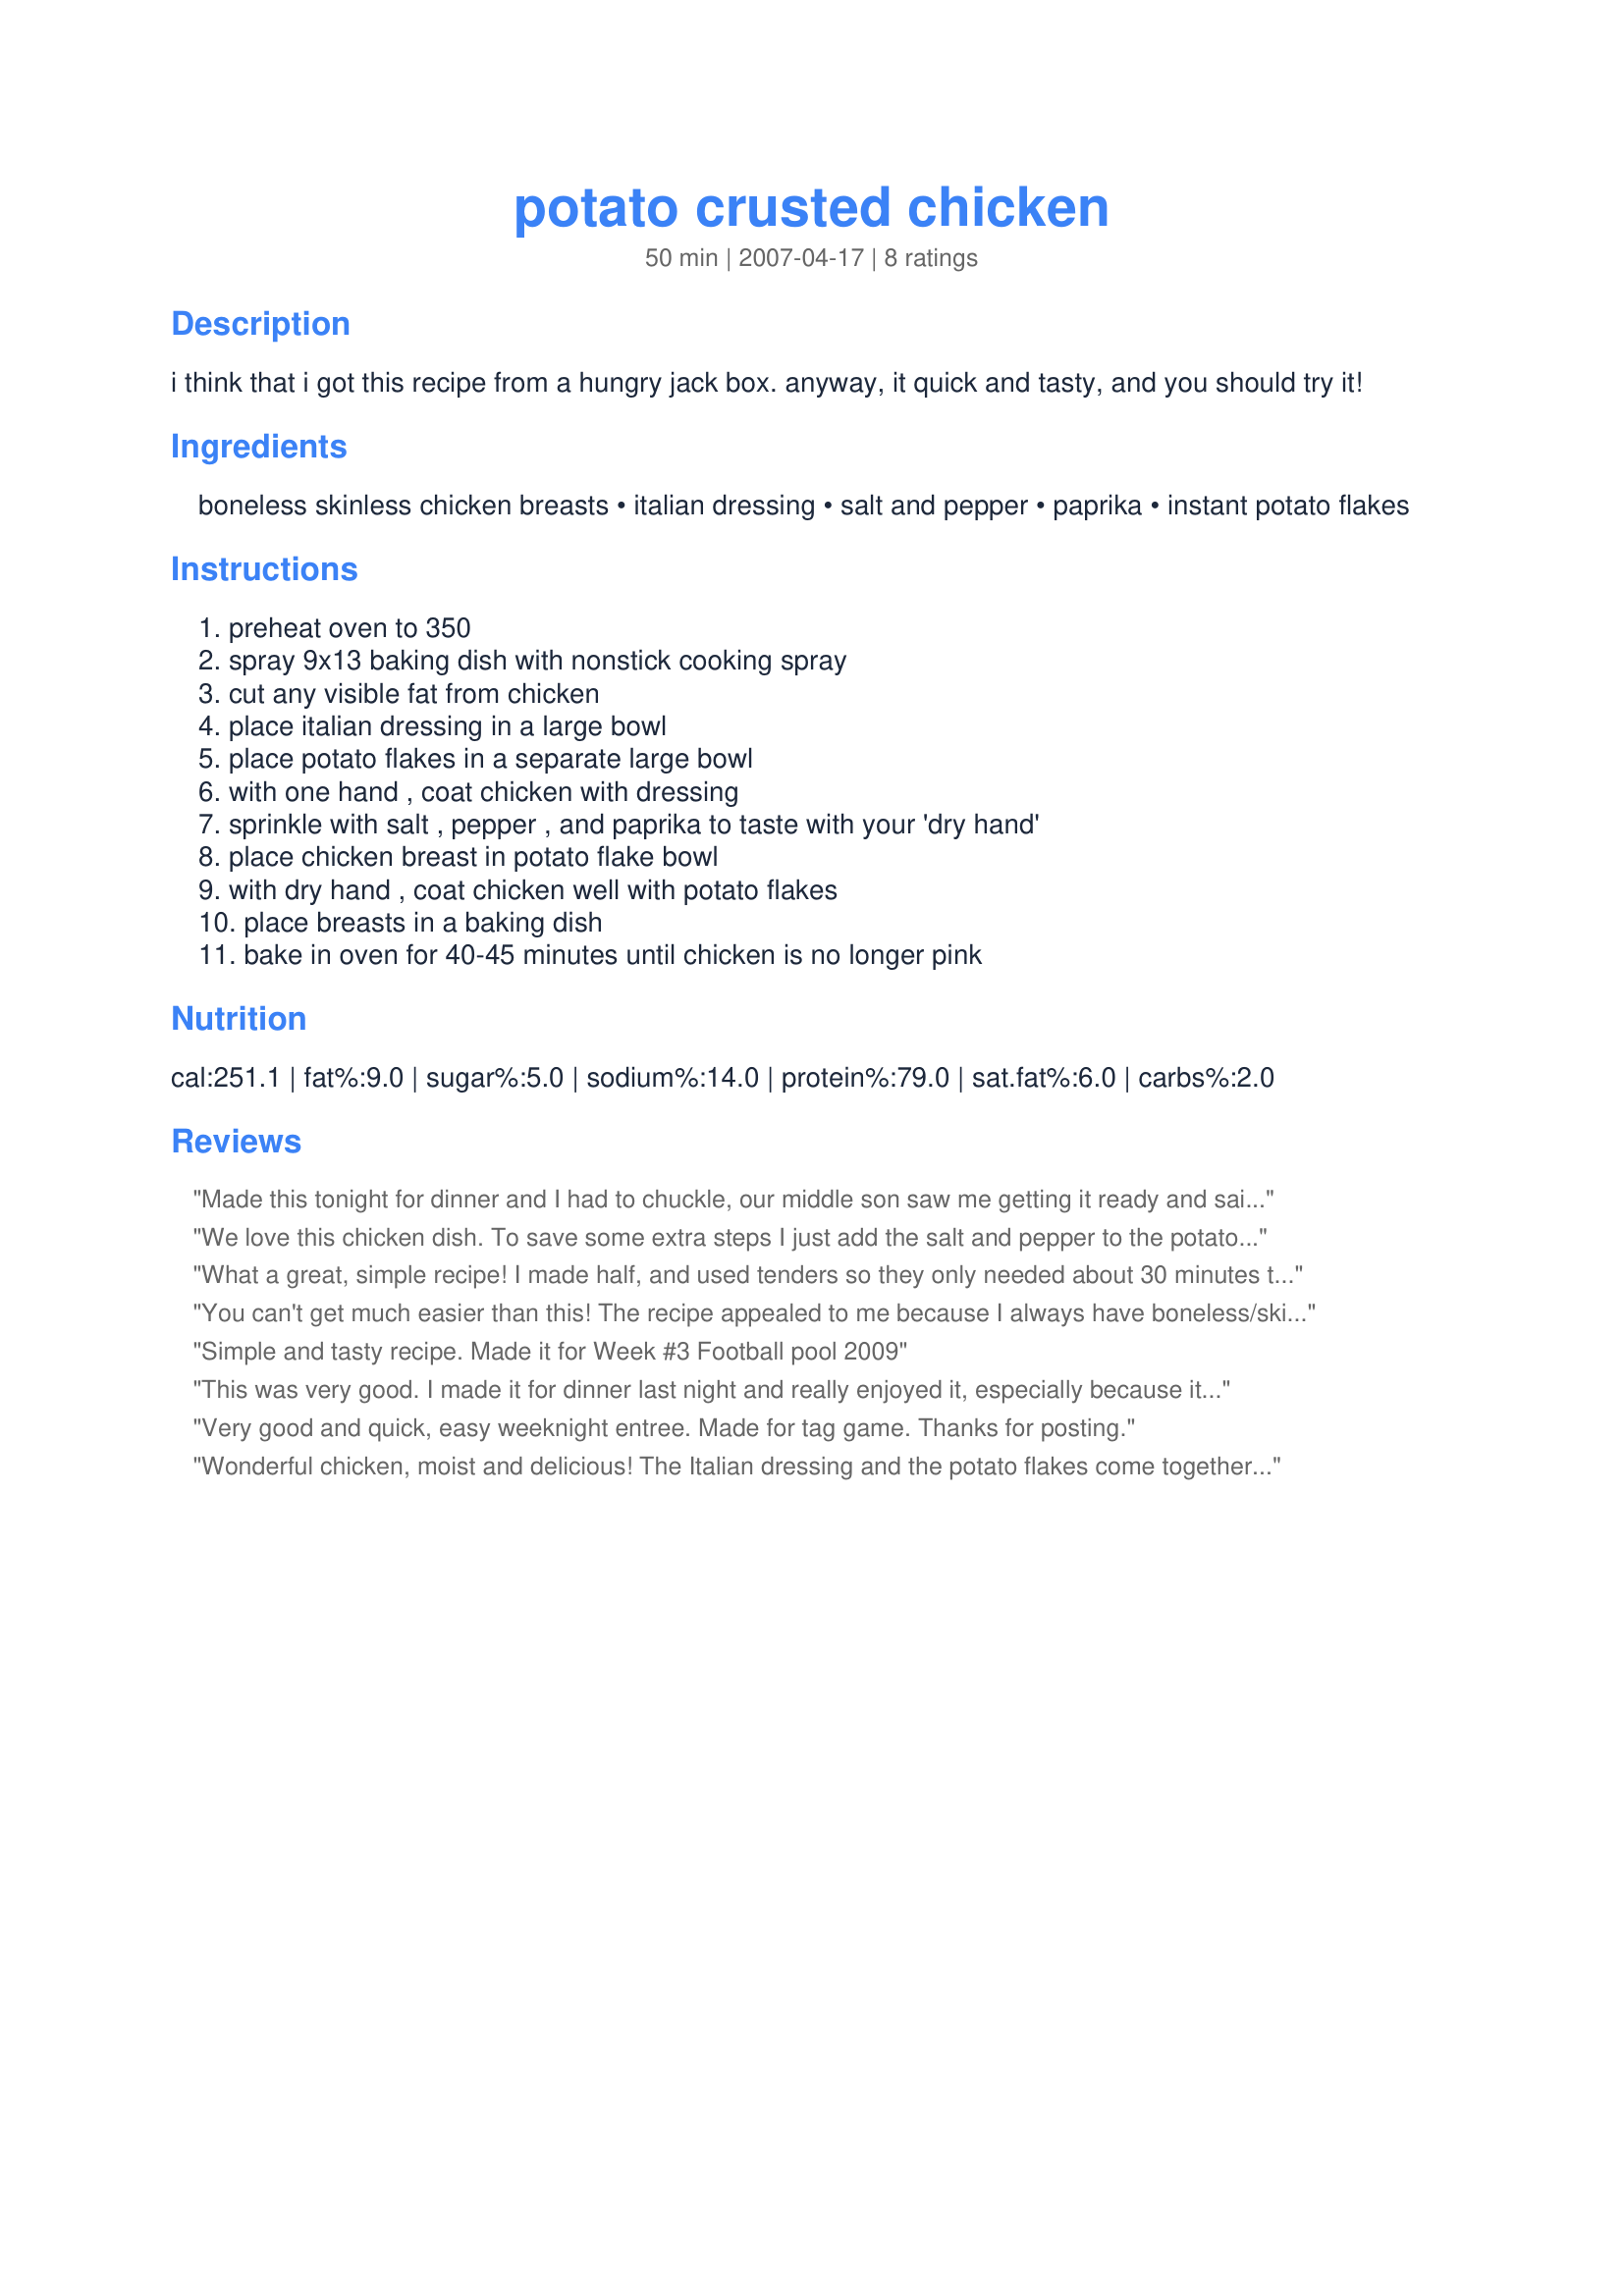
potato crusted chicken
Preparation time: 50 minutes

i think that i got this recipe from a hungry jack box. anyway, it quick and tasty, and you should try it!

Ingredients:
boneless skinless chicken breasts, italian dressing, salt and pepper, paprika, instant potato flakes

Steps:
preheat oven to 350, spray 9x13 baking dish with nonstick cooking spray, cut any visible fat from chicken, place italian dressing in a large bowl, place potato flakes in a separate large bowl, with one hand , coat chicken with dressing, sprinkle with salt , pepper , and paprika to taste with your 'dry hand', place chicken breast in potato flake bowl, with dry hand , coat chicken well with potato flakes, place breasts in a baking dish, bake in oven for 40-45 minutes until chicken is no longer pink

Reviews:
Made this tonight for dinner and I had to chuckle, our middle son saw me getting it ready and said eww I am not eating that. Well when it was done he was the first to eat it and said "mom, this is really good" :) And had second's along with the rest of the family. Thank you for a great recipe that will be made again.
We love this chicken dish. To save some extra steps I just add the salt and pepper to the potato flakes bowl before coating. I also use a sprayed baking rack ontop of a baking dish so the underside of the chicken gets just as crispy as the top. My DD just loves this dish and says it is her fav. Glad you shared!
What a great, simple recipe! I made half, and used tenders so they only needed about 30 minutes to cook. I used them in sort of a "chicken parm" style (instead of traditional fried chicken parm) - added sauce and then broiled some cheese. I served it with pasta and it was a hit! Next time I might try adding some bread crumbs to the dry potato flakes for a little extra crunch. Thanks!
You can't get much easier than this! The recipe appealed to me because I always have boneless/skinless chicken breasts in my freezer and there are many weeknights when I need a quick/easy recipe. The chicken was tender and had good flavor. The only issue I had was that the coating along the bottom of the chicken did not get crispy. I might try to flip it during cooking next time.
Simple and tasty recipe. Made it for Week #3 Football pool 2009
This was very good. I made it for dinner last night and really enjoyed it, especially because it was so easy. The reason I didn't give it the full five stars is because it wasn't as crispy as we like our chicken. I may try cooking it at 375Â° the next time I make it. Thanks for posting!
Very good and quick, easy weeknight entree. Made for tag game. Thanks for posting.
Wonderful chicken, moist and delicious! The Italian dressing and the potato flakes come together to form a yummy topping for the chicken. Thanks for posting this recipe!
